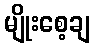
မျိုးစေ့ချ